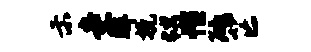
示圭眸挽甥帽砥芒